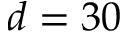
d = 3 0